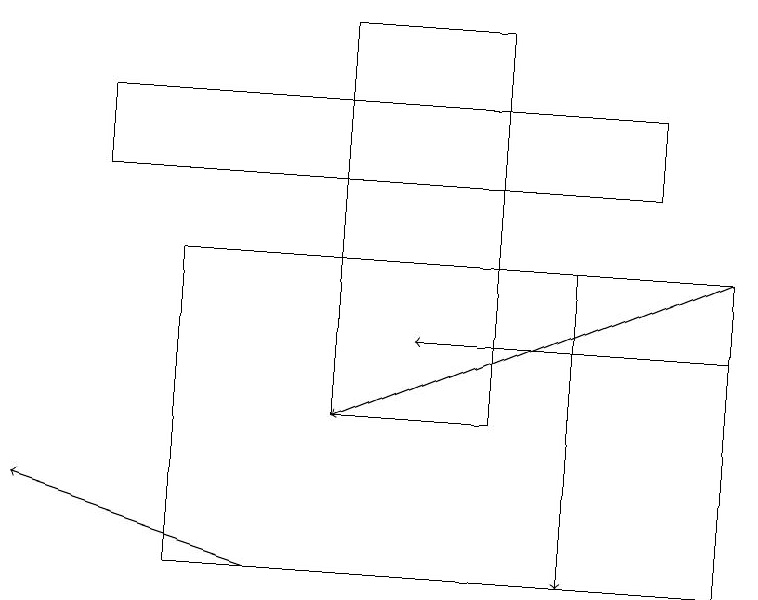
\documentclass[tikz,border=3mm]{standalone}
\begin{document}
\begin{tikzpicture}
\draw[->] (7,15) -- (7,11);
\draw[->] (3,11) -- (0,12);
\draw[->] (9,14) -- (5,14);
\draw (6,13) rectangle (4,18);
\draw[->] (9,15) -- (4,13);
\draw (9,11) rectangle (2,15);
\draw (1,17) rectangle (8,16);
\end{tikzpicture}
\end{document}